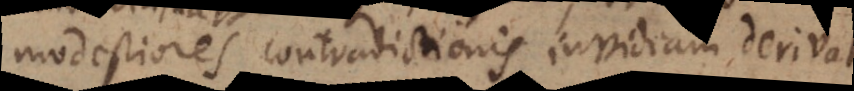
modestiores contradictionis invidiam derivat.